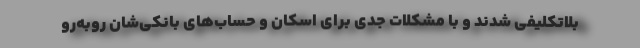
بلاتکلیفی شدند و با مشکلات جدی برای اسکان و حساب‌های بانکی‌شان روبه‌رو